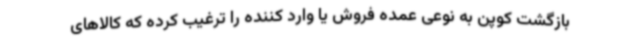
بازگشت کوپن به نوعی عمده فروش یا وارد کننده را ترغیب کرده که کالاهای